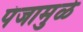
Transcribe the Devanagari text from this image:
पंजामुळे